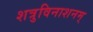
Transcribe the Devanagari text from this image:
शत्रुविनाशनम्